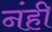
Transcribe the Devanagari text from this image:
नंही